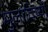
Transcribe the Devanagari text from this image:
मुलांविष्यी